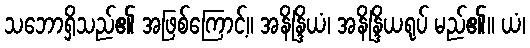
သဘောရှိသည်၏ အဖြစ်ကြောင့်။ အနိန္ဒြိယံ၊ အနိန္ဒြိယရုပ် မည်၏။ ယံ၊